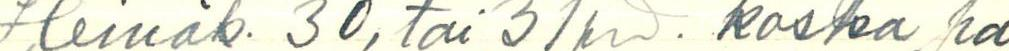
Heinäk. 30, tai 31pnä. koska pa-